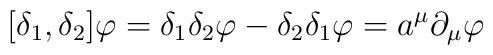
[ \delta_{1}, \delta_{2} ] \varphi = \delta_{1} \delta_{2}\varphi - \delta_{2} \delta_{1} \varphi = a^{\mu}\partial_{\mu} \varphi